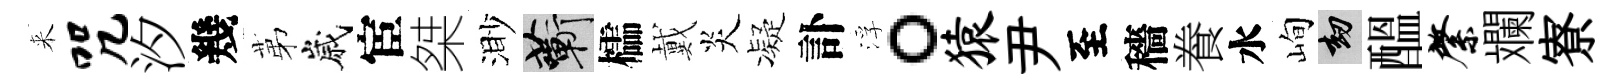
来咒汐幾苐嵗宦桀渺蔪櫺戴炎凝訃浮。猿尹至穡飬水峋劫醖綮斕寮